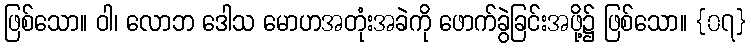
ဖြစ်သော။ ဝါ၊ လောဘ ဒေါသ မောဟအတုံးအခဲကို ဖောက်ခွဲခြင်းအဖို့၌ ဖြစ်သော။ {၀၇}